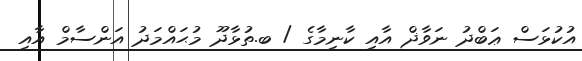
އުކުޅަސް ޢަބްދު ނަވާޛް އާއި ކާނިމާގެ / ބ.ތުޅާދޫ މުޙައްމަދު އަންސާމް އާއި